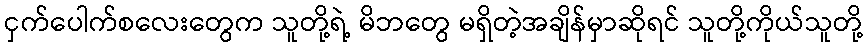
ငှက်ပေါက်စလေးတွေက သူတို့ရဲ့ မိဘတွေ မရှိတဲ့အချိန်မှာဆိုရင် သူတို့ကိုယ်သူတို့